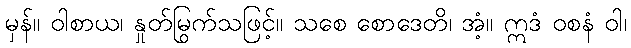
မှန်။ ဝါစာယ၊ နှုတ်မြွက်သဖြင့်။ သစေ စောဒေတိ၊ အံ့။ ဣဒံ ဝစနံ ဝါ၊